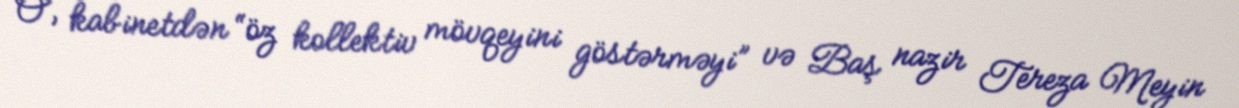
O, kabinetdən “öz kollektiv mövqeyini göstərməyi” və Baş nazir Tereza Meyin